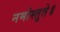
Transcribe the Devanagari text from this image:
नमोस्तुते॥